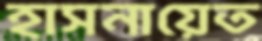
হাসনায়েত